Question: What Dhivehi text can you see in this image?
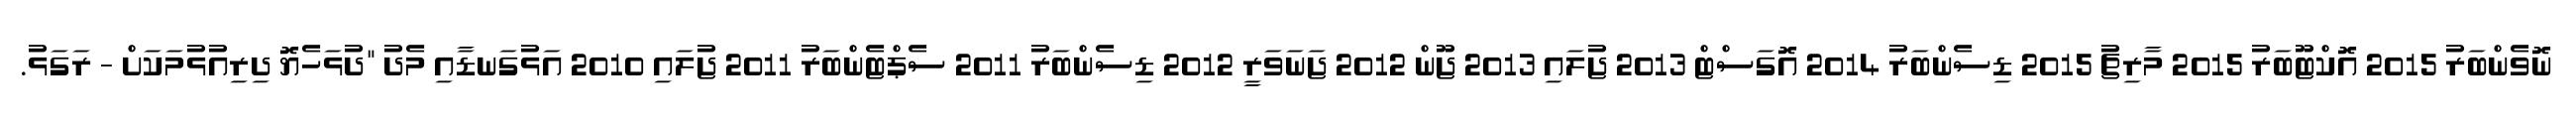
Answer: ނޮވެންބަރު 2015 އޮކްޓޫބަރު 2015 މާރިޗު 2015 ޑިސެންބަރު 2014 އޮގަސްޓް 2013 ޖުލައި 2013 ޖޫން 2012 ޖަނަވަރީ 2012 ޑިސެންބަރު 2011 ސެޕްޓެންބަރު 2011 ޖުލައި 2010 އަޅުގަނޑާއި މެދު "ދުޅަހެޔޮ ދިރިއުޅުމަކަށް - ރަގަޅު.